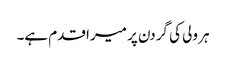
ہر ولی کی گردن پر میرا قدم ہے۔